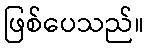
ဖြစ်ပေသည်။